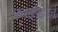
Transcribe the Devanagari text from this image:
फाइंडज़